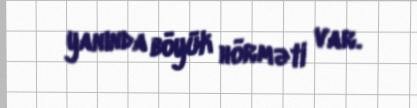
yanında böyük hörməti var.